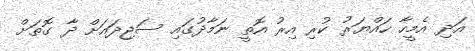
އަދި އެމީހާ ހައްޔަރު ކުރި އިރު އޮތީ ނަމާދުގައި ސަޖިދައަށް ދާ ގޮތަށް